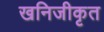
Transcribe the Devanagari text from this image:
खनिजीकृत